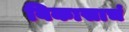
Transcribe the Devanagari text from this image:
विकासाचं